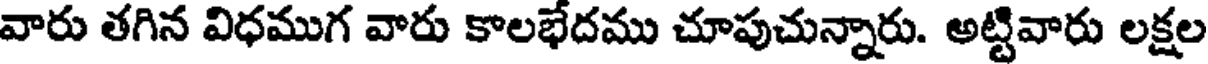
వారు తగిన విధముగ వారు కాలభేదము చూపుచున్నారు. అట్టివారు లక్షల